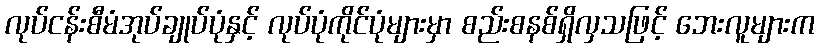
လုပ်ငန်းစီမံအုပ်ချုပ်ပုံနှင့် လုပ်ပုံကိုင်ပုံများမှာ စည်းစနစ်ရှိလှသဖြင့် ဘေးလူများက